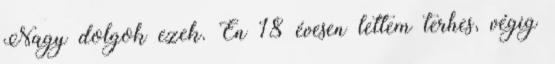
Nagy dolgok ezek. Én 18 évesen lettem terhes, végig